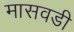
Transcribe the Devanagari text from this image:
मासवडी